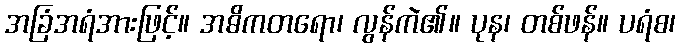
အခြံအရံအားဖြင့်။ အဓိကတရော၊ လွန်ကဲ၏။ ပုန၊ တစ်ဖန်။ ပရံစ၊